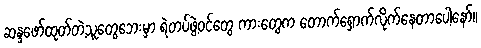
ဆန္ဒဖော်ထုတ်တဲ့သူတွေဘေးမှာ ရဲတပ်ဖွဲ့ဝင်တွေ ကားတွေက တောက်ရှောက်လိုက်နေတာပေ့ါနော်။